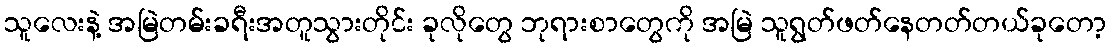
သူလေးနဲ့ အမြဲတမ်းခရီးအတူသွားတိုင်း ခုလိုတွေ ဘုရားစာတွေကို အမြဲ သူရွတ်ဖတ်နေတတ်တယ်ခုတော့